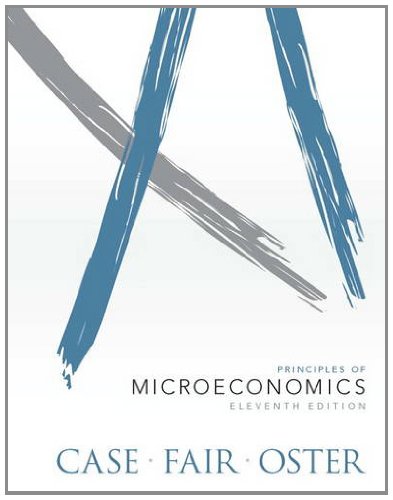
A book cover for Principles of Microeconomics (11th Edition); Karl E. Case; Business & Money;